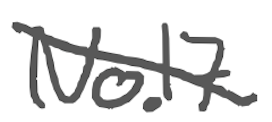
Text: No.17
Cross-out: diagonal
Writing tool: digital_gray